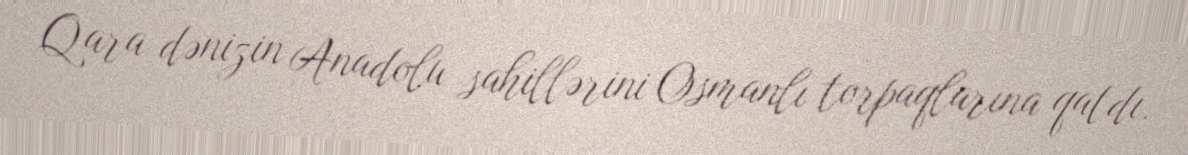
Qara dənizin Anadolu sahillərini Osmanlı torpaqlarına qatdı.